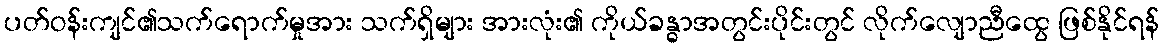
ပတ်ဝန်းကျင်၏သက်ရောက်မှုအား သက်ရှိများ အားလုံး၏ ကိုယ်ခန္ဓာအတွင်းပိုင်းတွင် လိုက်လျောညီထွေ ဖြစ်နိုင်ရန်